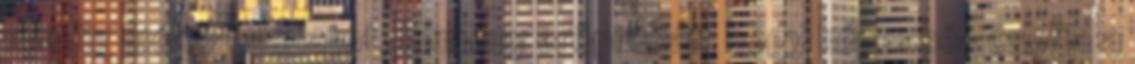
mindig méltó feladatot, kemény erőpróbát, hogy képessé- csolta a